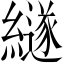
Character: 繸